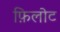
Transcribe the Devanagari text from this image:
फ़िलोट